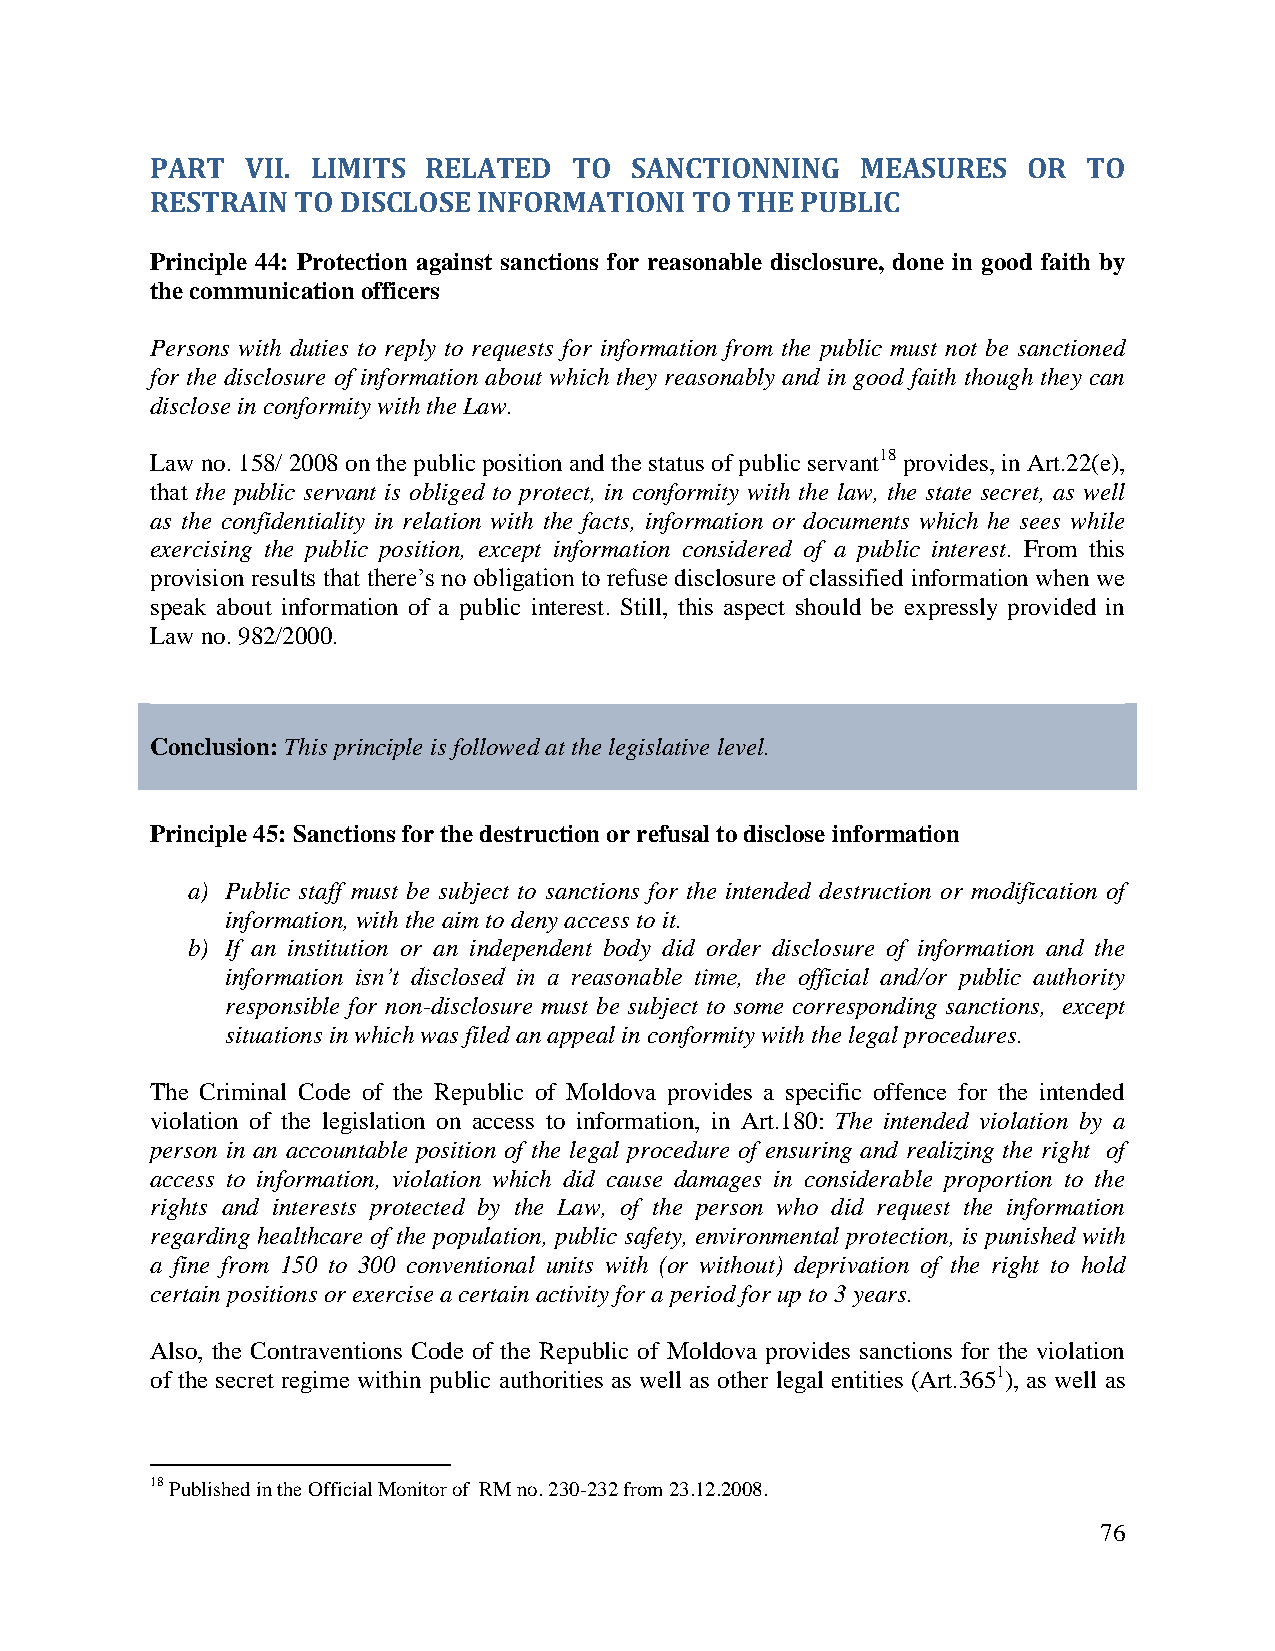
PART  VII. LIMITS RELATED   TO  SANCTIONNING   MEASURES   OR  TO
 RESTRAIN  TO DISCLOSE INFORMATIONI  TO THE PUBLIC
 Principle 44: Protection against sanctions for reasonable disclosure, done in good faith by
 the communication officers
 Persons with duties to reply to requests for information from the public must not be sanctioned
 for the disclosure of information about which they reasonably and in good faith though they can
 disclose in conformity with the Law.
 Law no. 158/ 2008 on the public position and the status of public servant18 provides, in Art.22(e),
 that the public servant is obliged to protect, in conformity with the law, the state secret, as well
 as the confidentiality in relation with the facts, information or documents which he sees while
 exercising the public position, except information considered of a public interest. From this
 provision results that there’s no obligation to refuse disclosure of classified information when we
 speak about information of a public interest. Still, this aspect should be expressly provided in
 Law no. 982/2000.
 Conclusion: This principle is followed at the legislative level.
 Principle 45: Sanctions for the destruction or refusal to disclose information
 a) Public staff must be subject to sanctions for the intended destruction or modification of
 information, with the aim to deny access to it.
 b) If an institution or an independent body did order disclosure of information and the
 information isn’t disclosed in a reasonable time, the official and/or public authority
 responsible for non-disclosure must be subject to some corresponding sanctions, except
 situations in which was filed an appeal in conformity with the legal procedures.
 The Criminal Code of the Republic of Moldova provides a specific offence for the intended
 violation of the legislation on access to information, in Art.180: The intended violation by a
 person in an accountable position of the legal procedure of ensuring and realizing the right of
 access to information, violation which did cause damages in considerable proportion to the
 rights and interests protected by the Law, of the person who did request the information
 regarding healthcare of the population, public safety, environmental protection, is punished with
 a fine from 150 to 300 conventional units with (or without) deprivation of the right to hold
 certain positions or exercise a certain activity for a period for up to 3 years.
 Also, the Contraventions Code of the Republic of Moldova provides sanctions for the violation
 of the secret regime within public authorities as well as other legal entities (Art.3651), as well as
 18 Published in the Official Monitor of RM no. 230-232 from 23.12.2008.
 76